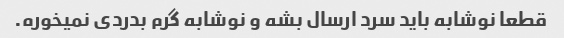
قطعا نوشابه باید سرد ارسال بشه و نوشابه گرم بدردی نمیخوره.